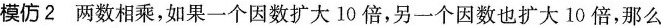
模仿2 两数相乘，如果一个因数扩大10倍，另一个因数也扩大10倍，那么